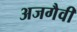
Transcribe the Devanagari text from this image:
अजगैवी